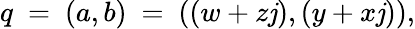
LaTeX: q\ =\ (a,b)\ =\ ((w+z\mathit{j}),(y+x\mathit{j})),